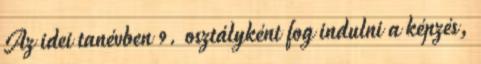
Az idei tanévben 9. osztályként fog indulni a képzés,